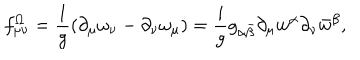
f _ { \mu \nu } ^ { \Omega } = { \frac { 1 } { g } } ( \partial _ { \mu } \omega _ { \nu } - \partial _ { \nu } \omega _ { \mu } ) = { \frac { i } { g } } g _ { \alpha \bar { \beta } } \partial _ { \mu } w ^ { \alpha } \partial _ { \nu } \bar { w } ^ { \beta } ,